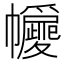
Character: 㡪